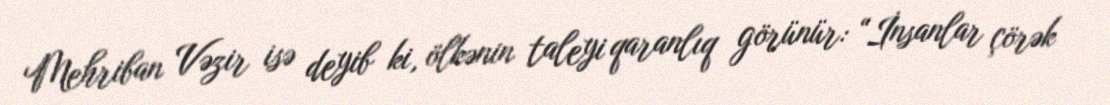
Mehriban Vəzir isə deyib ki, ölkənin taleyi qaranlıq görünür: “İnsanlar çörək